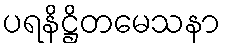
ပရနိဋ္ဌိတမေသနာ